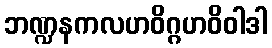
ဘဏ္ဍနကလဟဝိဂ္ဂဟဝိဝါဒါ